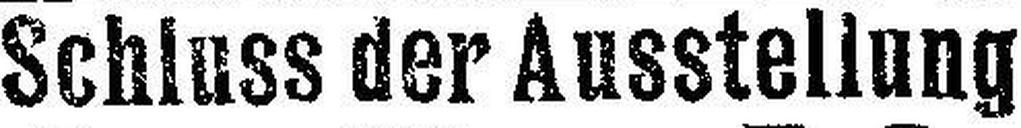
Schluss der Ausstellung